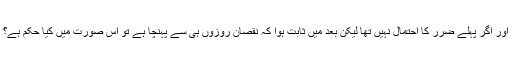
اور اگر پہلے ضرر کا احتمال نہیں تھا لیکن بعد میں ثابت ہوا کہ نقصان روزوں ہی سے پہنچا ہے تو اس صورت میں کیا حکم ہے؟